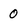
Character: 0